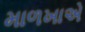
માળખાએ